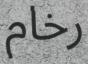
رخام